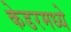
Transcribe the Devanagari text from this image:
केडरमध्ये